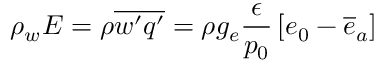
\rho _ { w } E = \rho \overline { { w ^ { \prime } q ^ { \prime } } } = \rho g _ { e } \frac { \epsilon } { p _ { 0 } } \left[ e _ { 0 } - \overline { { e } } _ { a } \right]